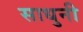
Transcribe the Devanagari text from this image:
साधुनी